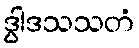
ဒွါဒသသတံ